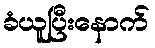
ခံယူပြီးနောက်